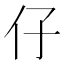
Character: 仔